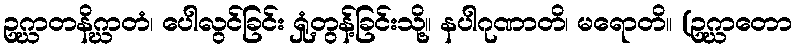
ဥဂ္ဃာတနိဂ္ဃာတံ၊ ပေါလွင်ခြင်း ရှုံ့တွန့်ခြင်းသို့။ နပါဂုဏာတိ၊ မရောတိ။ (ဥဂ္ဃာတော